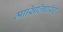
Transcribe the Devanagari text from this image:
मासिलिएसिई